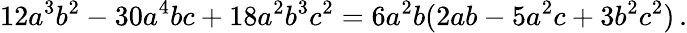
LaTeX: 12a^{3}b^{2}-30a^{4}bc+18a^{2}b^{3}c^{2}=6a^{2}b(2ab-5a^{2}c+3b^{2}c^{2})\, .